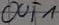
Text: OUT1